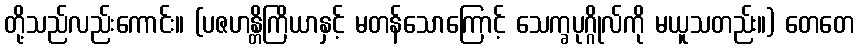
တို့သည်လည်းကောင်း။ (ပဇဟန္တိကြိယာနှင့် မတန်သောကြောင့် သေက္ခပုဂ္ဂိုလ်ကို မယူသတည်း။) တေတေ